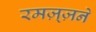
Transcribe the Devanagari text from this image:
रमज़्ज़ने